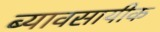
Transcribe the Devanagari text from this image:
ब्यावसायीक